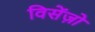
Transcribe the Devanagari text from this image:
विसेंज़ो